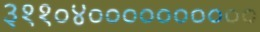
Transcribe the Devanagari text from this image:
३११०४००००००००००